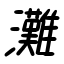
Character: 灘